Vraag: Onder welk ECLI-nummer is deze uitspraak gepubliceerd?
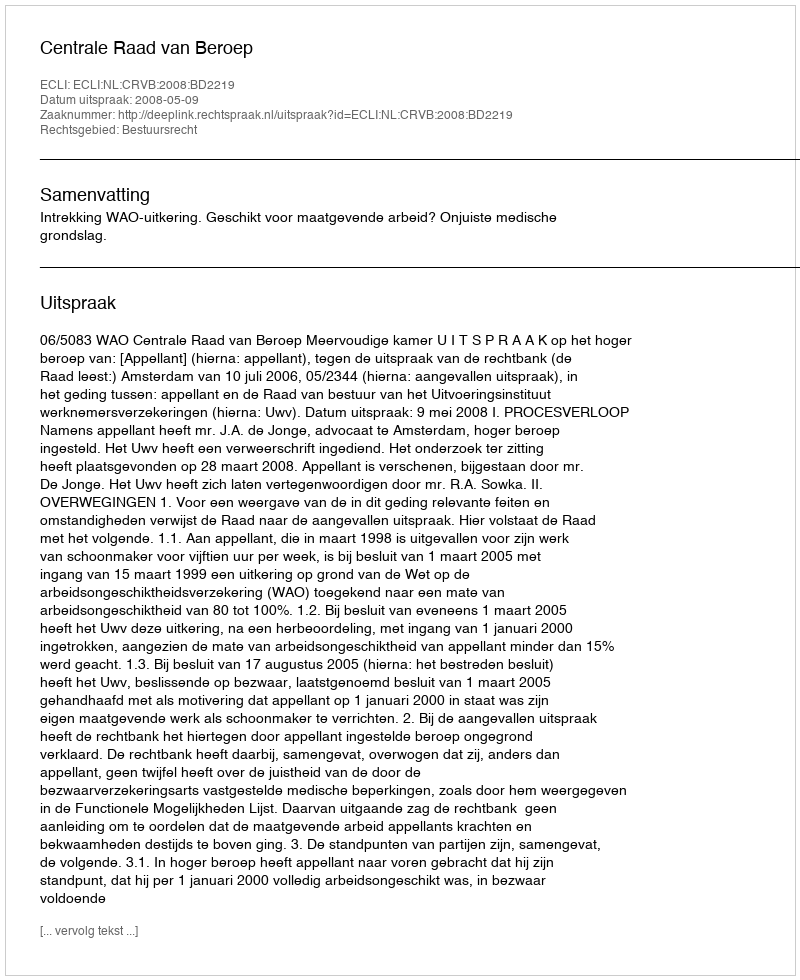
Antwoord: ECLI:NL:CRVB:2008:BD2219